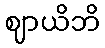
ဈာယိဘိ